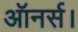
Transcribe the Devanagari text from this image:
ऑनर्स।